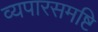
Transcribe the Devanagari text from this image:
व्यपारसमष्टि